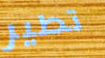
تطير